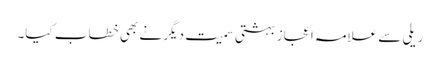
ریلی سے علامہ اعجاز بہشتی سمیت دیگر نے بھی خطاب کیا۔